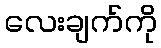
လေးချက်ကို